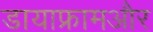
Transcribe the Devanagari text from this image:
डायाफ्रामऔर